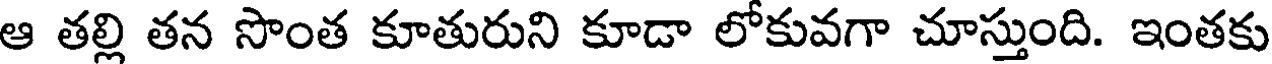
ఆ తల్లి తన సొంత కూతురుని కూడా లోకువగా చూస్తుంది. ఇంతకు